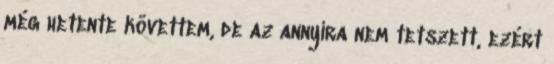
még hetente követtem, de az annyira nem tetszett, ezért